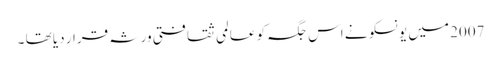
2007 میں یونسکو نے اس جگہ کو عالمی ثقافتی ورثہ قرار دیا تھا ۔